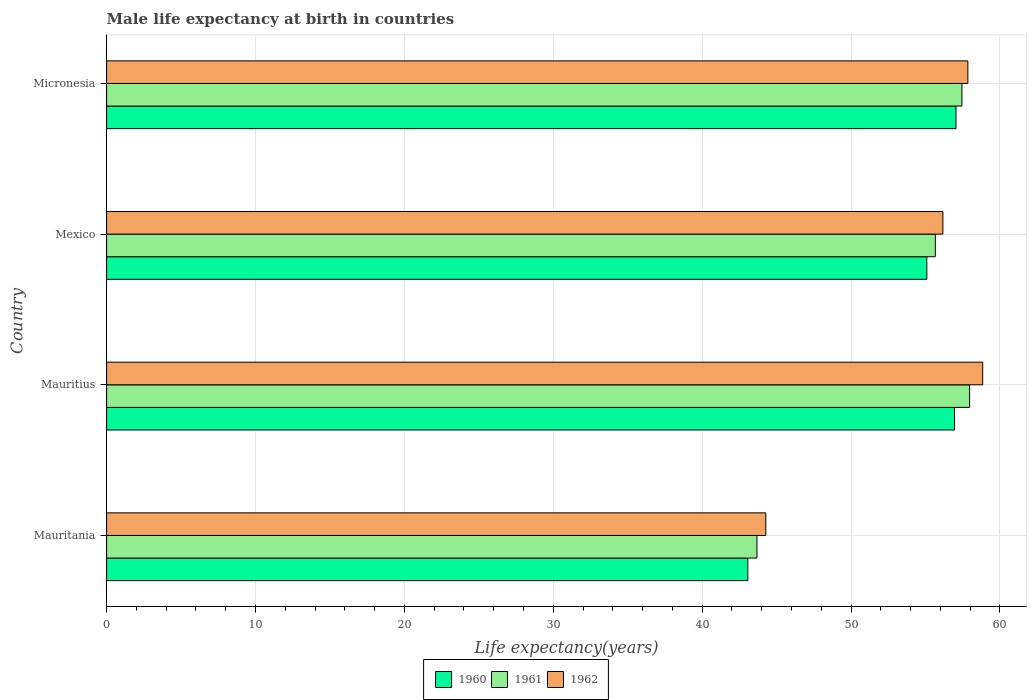
| Country | 1960 | 1961 | 1962 |
 | --- | --- | --- | --- |
 | Mauritania | 43.1 | 43.7 | 44.3 |
 | Mauritius | 57 | 58 | 58.8 |
 | Mexico | 55.1 | 55.7 | 56.2 |
 | Micronesia | 57 | 57.4 | 57.8 |